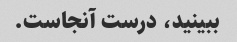
ببینید، درست آنجاست.